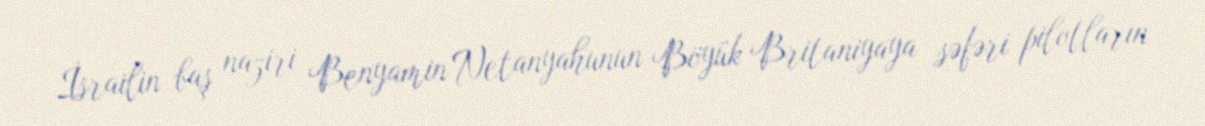
İsrailin baş naziri Benyamin Netanyahunun Böyük Britaniyaya səfəri pilotların